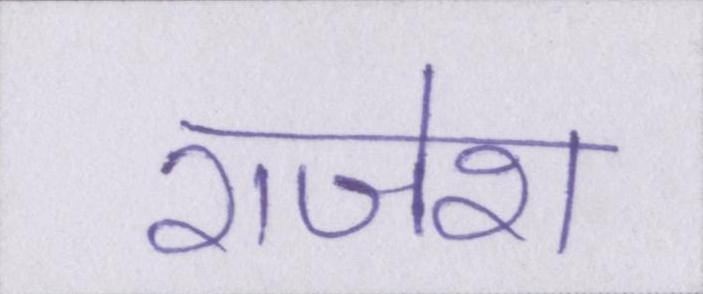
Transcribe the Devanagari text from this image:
राजेश